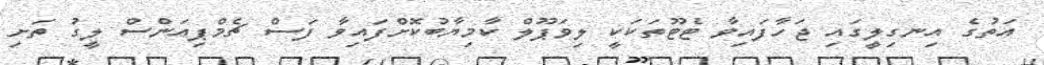
އަތުގެ އިނގިލީގައި ޖަހާފައިވާ ޓެޓޫތަކަކީ ލިވަޕޫލް ކާމިޔާބުކޮށްފައިވާ ފަސް ޗެމްޕިއަންސް ލީގު ތަށި